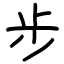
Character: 步